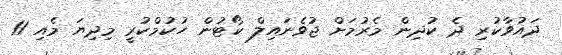
ދައުވާކުރި ދެ ކުދިން މެރުމަށް ޖުވެނައިލް ކޯޓުން ހުކުމްކުރީ މިދިޔަ މެއި 11